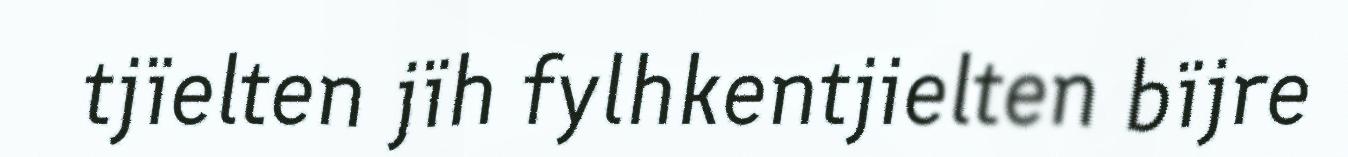
tjïelten jïh fylhkentjielten bïjre